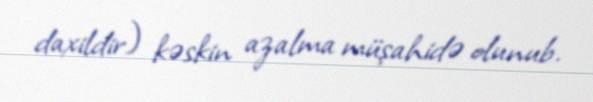
daxildir) kəskin azalma müşahidə olunub.